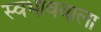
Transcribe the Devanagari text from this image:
स्वभाववाला